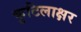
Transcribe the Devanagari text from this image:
कुटिलाक्षर